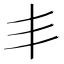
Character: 丯